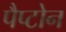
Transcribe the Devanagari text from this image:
पैप्टोन